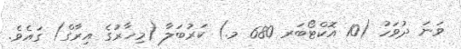
ވަނަ ދުވަހު (10 އޮކްޓޯބަރ 680 މ.) ކަރުބަލާ (މިހާރުގެ އިރާގް) ގައެވެ.